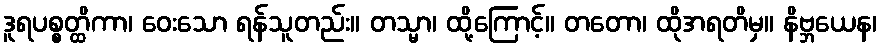
ဒူရပစ္စတ္ထိကာ၊ ဝေးသော ရန်သူတည်း။ တသ္မာ၊ ထို့ကြောင့်။ တတော၊ ထိုအရတိမှ။ နိဗ္ဘယေန၊